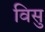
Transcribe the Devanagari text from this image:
विसु